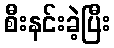
စီးနင်းခဲ့ပြီး